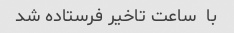
با  ساعت تاخیر فرستاده شد